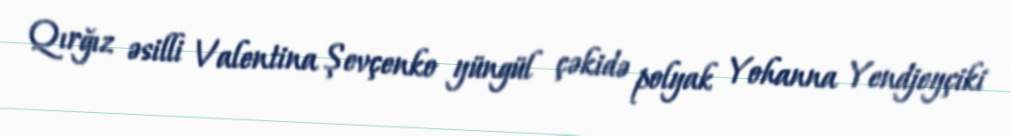
Qırğız əsilli Valentina Şevçenko yüngül çəkidə polyak Yohanna Yendjeyçiki